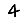
Digit: 4